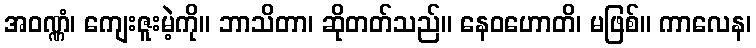
အဝဏ္ဏံ၊ ကျေးဇူးမဲ့ကို။ ဘာသိတာ၊ ဆိုတတ်သည်။ နေဝဟောတိ၊ မဖြစ်။ ကာလေန၊